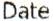
DATE